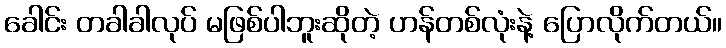
ခေါင်း တခါခါလုပ် မဖြစ်ပါဘူးဆိုတဲ့ ဟန်တစ်လုံးနဲ့ ပြောလိုက်တယ်။